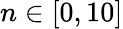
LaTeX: n\in[0,10]